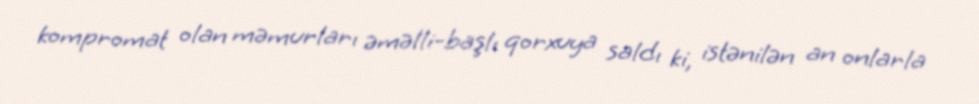
kompromat olan məmurları əməlli-başlı qorxuya saldı ki, istənilən an onlarla